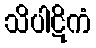
သိပါဋိကံ